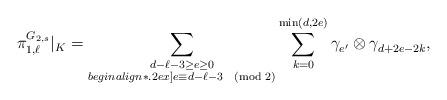
LaTeX: \begin{align*}\pi^{G_{2,s}}_{1,\ell}|_K = \sum_{\substack{d-\ell-3 \ge e\ge 0\\begin{align*}.2ex] e\equiv d-\ell-3\pmod{2}}} \sum_{k=0}^{\min(d,2e)}\gamma^{}_{e'} \otimes \gamma_{d+2e-2k}^{},\end{align*}